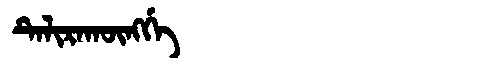
Manchu: ᡨᡝᠯᡳᡵᠠᡴᡡᠩᡤᡝ
Romanization: TELIRAKŪNGGE